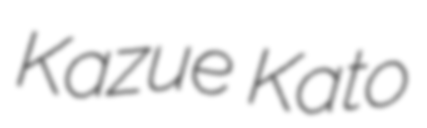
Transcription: Kazue Kato